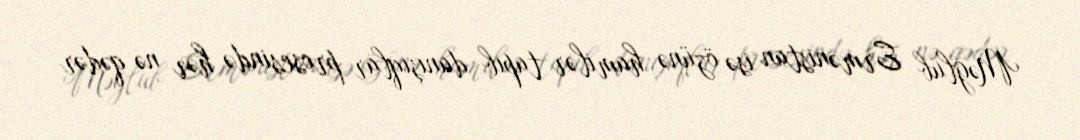
Məğlub Ermənistan isə özünə hamilər tapıb danışıqlar prosesində hər nə qədər